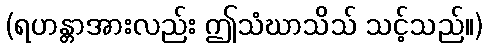
(ရဟန္တာအားလည်း ဤသံဃာသိသ် သင့်သည်။)